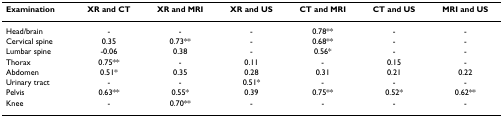
| Examination | XR and CT | XR and MRI | XR and US | CT and MRI | CT and US | MRI and US |
 | --- | --- | --- | --- | --- | --- | --- |
 | Head/brain | - | - | - | 0.78** | - | - |
 | Cervical spine | 0.35 | 0.73** | - | 0.68** | - | - |
 | Lumbar spine | -0.06 | 0.38 | - | 0.56* | - | - |
 | Thorax | 0.75** | - | 0.11 | - | 0.15 | - |
 | Abdomen | 0.51* | 0.35 | 0.28 | 0.31 | 0.21 | 0.22 |
 | Urinary tract | - | - | 0.51* | - | - | - |
 | Pelvis | 0.63** | 0.55* | 0.39 | 0.75** | 0.52* | 0.62** |
 | Knee | - | 0.70** | - | - | - | - |